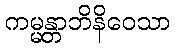
ကမ္မန္တာဘိနိဝေသာ